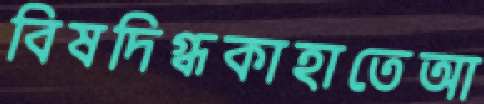
বিষদিগ্ধকাহাতেআ